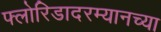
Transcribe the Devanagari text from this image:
फ्लोरिडादरम्यानच्या